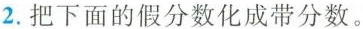
2.把下面的假分数化成带分数。